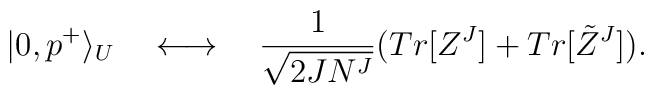
|0,p^+\rangle _U \quad \longleftrightarrow \quad {1\over\sqrt{2JN^J}}(Tr[Z^J] + Tr[\tilde{Z}^J]).